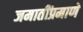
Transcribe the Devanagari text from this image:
जमातींप्रमाणे